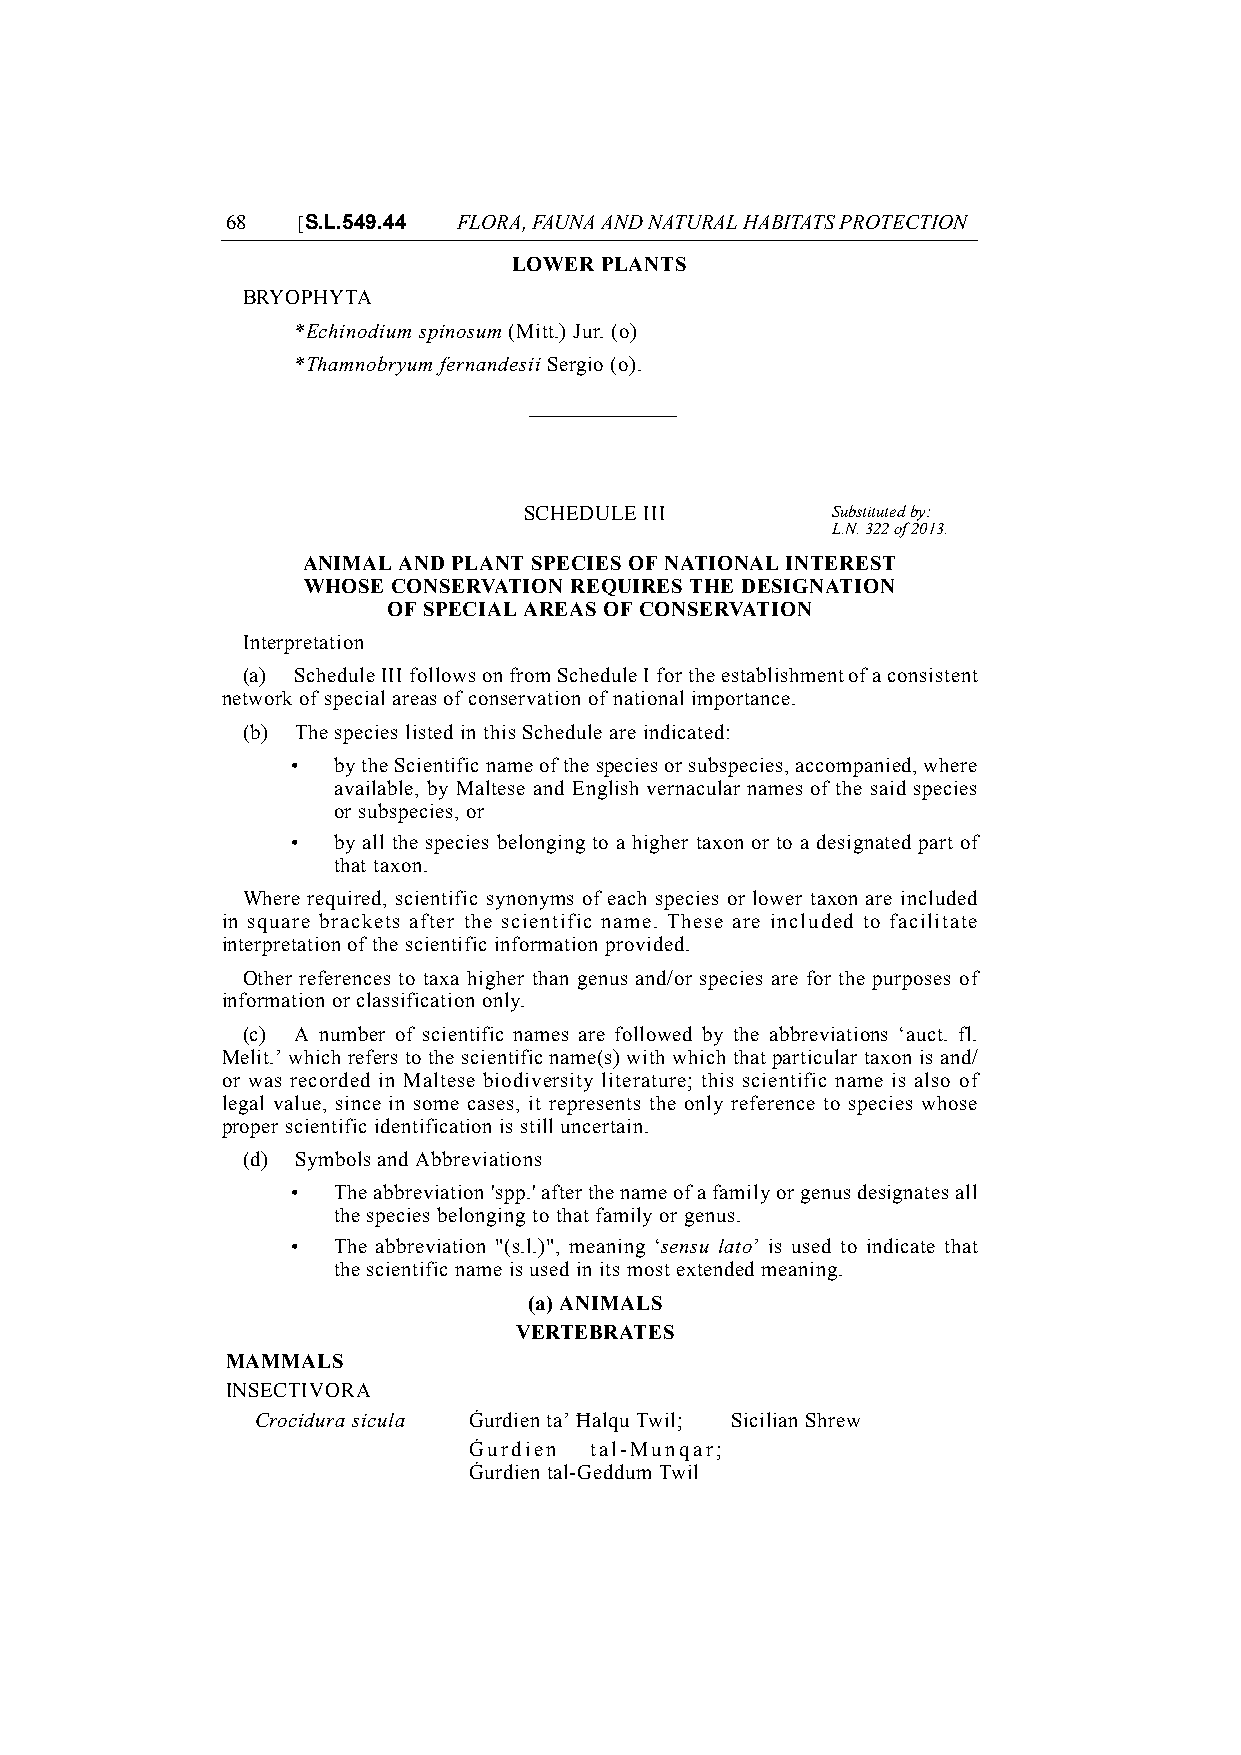
68   [S.L.549.44 FLORA, FAUNA AND NATURAL HABITATS PROTECTION
 LOWER PLANTS
 BRYOPHYTA
 *Echinodium spinosum (Mitt.) Jur. (o)
 *Thamnobryum fernandesii Sergio (o).
 SCHEDULE III        Substituted by:
 L.N. 322 of 2013.
 ANIMAL AND PLANT SPECIES OF NATIONAL INTEREST
 WHOSE CONSERVATION REQUIRES THE DESIGNATION
 OF SPECIAL AREAS OF CONSERVATION
 Interpretation
 (a) Schedule III follows on from Schedule I for the establishment of a consistent
 network of special areas of conservation of national importance.
 (b) The species listed in this Schedule are indicated:
 •  by the Scientific name of the species or subspecies, accompanied, where
 available, by Maltese and English vernacular names of the said species
 or subspecies, or
 •  by all the species belonging to a higher taxon or to a designated part of
 that taxon.
 Where required, scientific synonyms of each species or lower taxon are included
 in square brackets after the scientific name. These are included to facilitate
 interpretation of the scientific information provided.
 Other references to taxa higher than genus and/or species are for the purposes of
 information or classification only.
 (c) A number of scientific names are followed by the abbreviations ‘auct. fl.
 Melit.’ which refers to the scientific name(s) with which that particular taxon is and/
 or was recorded in Maltese biodiversity literature; this scientific name is also of
 legal value, since in some cases, it represents the only reference to species whose
 proper scientific identification is still uncertain.
 (d) Symbols and Abbreviations
 •  The abbreviation 'spp.' after the name of a family or genus designates all
 the species belonging to that family or genus.
 •  The abbreviation "(s.l.)", meaning ‘sensu lato’ is used to indicate that
 the scientific name is used in its most extended meaning.
 (a) ANIMALS
 VERTEBRATES
 MAMMALS
 INSECTIVORA
 Crocidura sicula Ġurdien ta’ Ħalqu Twil; Sicilian Shrew
 Ġurdien tal-Munqar;
 Ġurdien tal-Geddum Twil